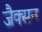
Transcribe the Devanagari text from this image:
जैक्‍सन